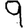
Digit: 9